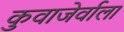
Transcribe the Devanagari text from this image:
कुवाजेर्वाला